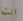
انت